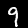
Digit: 9